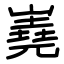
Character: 嶤